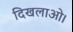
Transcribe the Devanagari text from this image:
दिखलाओ।